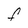
Character: F